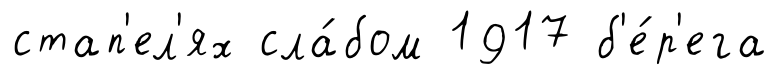
стап'ел'ях сла́бом 1917 б'е́р'ега